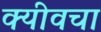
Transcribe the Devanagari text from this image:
क्यीवचा